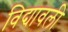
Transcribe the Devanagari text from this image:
विद्यावली